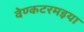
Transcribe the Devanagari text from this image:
वेण्कटरमइया